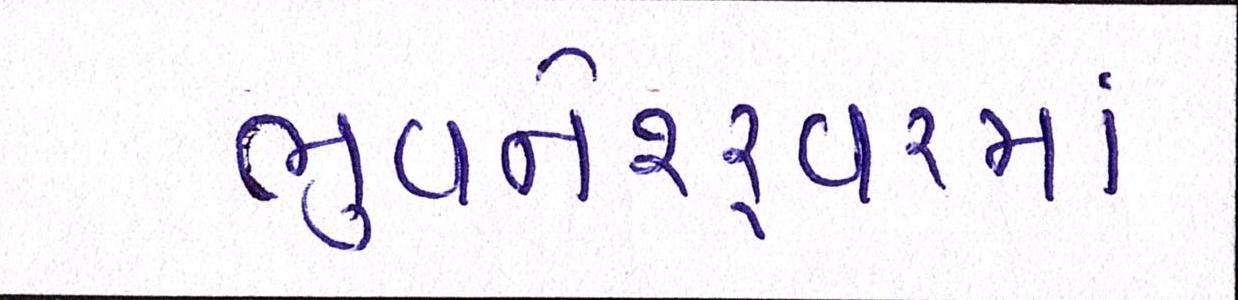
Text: ભુવનેશ્ર્વરમાં